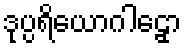
ဒုပ္ပရိယောဂါဠှော